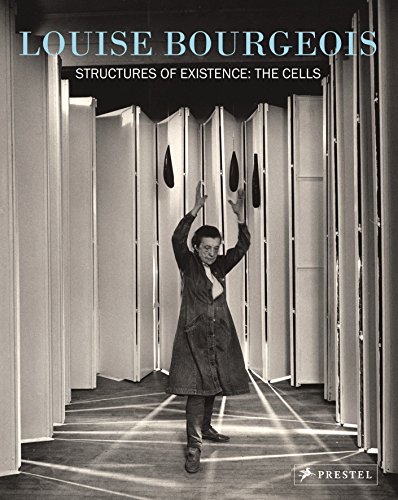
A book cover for Louise Bourgeois: Structures of Existence: The Cells; Arts & Photography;